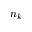
n _ { k }